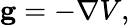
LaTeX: \mathbf{g}=-\nabla V,